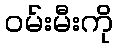
ဝမ်းမီးကို